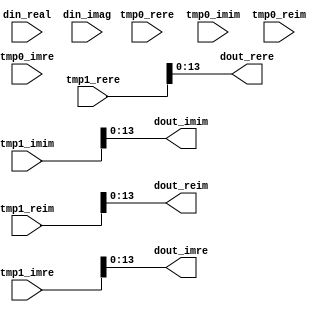
module twiddle64_part2
#(
	parameter DATA_WIDTH = 14,
	parameter TWIDDLE = 0
)(
	input  wire signed [DATA_WIDTH-1:0] din_real,
	input  wire signed [DATA_WIDTH-1:0] din_imag,
	input  wire signed [DATA_WIDTH:0]   tmp0_rere,
	input  wire signed [DATA_WIDTH:0]   tmp0_imim,
	input  wire signed [DATA_WIDTH:0]   tmp0_reim,
	input  wire signed [DATA_WIDTH:0]   tmp0_imre,
	input  wire signed [DATA_WIDTH:0]   tmp1_rere,
	input  wire signed [DATA_WIDTH:0]   tmp1_imim,
	input  wire signed [DATA_WIDTH:0]   tmp1_reim,
	input  wire signed [DATA_WIDTH:0]   tmp1_imre,
	output wire signed [DATA_WIDTH-1:0] dout_rere,
	output wire signed [DATA_WIDTH-1:0] dout_imim,
	output wire signed [DATA_WIDTH-1:0] dout_reim,
	output wire signed [DATA_WIDTH-1:0] dout_imre
);

generate
	case(TWIDDLE)
		0:
		begin: const0
			assign dout_rere = tmp1_rere;
			assign dout_imim = tmp1_imim;
			assign dout_reim = tmp1_reim;
			assign dout_imre = tmp1_imre;
		end
		
		1:
		begin: const1
			assign dout_rere = tmp0_rere + (tmp1_rere >>> 4);
			assign dout_imim = tmp0_imim + (tmp1_imim >>> 2);
			assign dout_imre = tmp0_imre + (tmp1_imre >>> 4);
			assign dout_reim = tmp0_reim + (tmp1_reim >>> 2);
		end
		
		2:
		begin: const2
			assign dout_rere = din_real - (tmp1_rere >>> 6);
			assign dout_imim = tmp0_imim + (tmp1_imim >>> 1);
			assign dout_imre = din_imag - (tmp1_imre >>> 6);
			assign dout_reim = tmp0_reim + (tmp1_reim >>> 1);
		end
		
		3:
		begin: const3
			assign dout_rere = tmp1_rere - (din_real >>> 6);
			assign dout_imim = (din_imag >>> 2) + (tmp1_imim >>> 5);
			assign dout_imre = tmp1_imre - (din_imag >>> 6);
			assign dout_reim = (din_real >>> 2) + (tmp1_reim >>> 5);
		end
		
		4:
		begin: const4
			assign dout_rere = din_real - (tmp1_rere >>> 4);
			assign dout_imim = (din_imag >>> 7) + (tmp1_imim >>> 2);
			assign dout_imre = din_imag - (tmp1_imre >>> 4);
			assign dout_reim = (din_real >>> 7) + (tmp1_reim >>> 2);
		end
		
		5:
		begin: const5
			wire signed [DATA_WIDTH:0] tmp2_imim;
			wire signed [DATA_WIDTH:0] tmp2_reim;
			
			assign dout_rere = tmp1_rere + (din_real >>> 14);
			
			assign tmp2_imim = (tmp1_imim >>> 6) - tmp0_imim;
			assign dout_imim = (tmp2_imim >>> 2) + tmp0_imim;
			
			assign dout_imre = tmp1_imre + (din_imag >>> 14);
			
			assign tmp2_reim = (tmp1_reim >>> 6) - tmp0_reim;
			assign dout_reim = (tmp2_reim >>> 2) + tmp0_reim;
		end
		
		6:
		begin: const6
			wire signed [DATA_WIDTH:0] tmp2_rere;
			wire signed [DATA_WIDTH:0] tmp2_imre;
			
			assign tmp2_rere = tmp0_rere + (tmp1_rere >>> 4);
			assign dout_rere = (din_real >>> 1) + (tmp2_rere >>> 2);
			
			assign dout_imim = (din_imag >>> 1) + (tmp1_imim >>> 3);
			
			assign tmp2_imre = tmp0_imre + (tmp1_imre >>> 4);
			assign dout_imre = (din_imag >>> 1) + (tmp2_imre >>> 2);
			
			assign dout_reim = (din_real >>> 1) + (tmp1_reim >>> 3);
		end
		
		7:
		begin: const7
			wire signed [DATA_WIDTH:0] tmp2_imim;
			wire signed [DATA_WIDTH:0] tmp2_reim;
			
			assign dout_rere = din_real - (tmp1_rere >>> 2);
			
			assign tmp2_imim = tmp1_imim + (tmp1_imim >>> 3);
			assign dout_imim = tmp2_imim - (din_imag >>> 1);
			
			assign dout_imre = din_imag - (tmp1_imre >>> 2);
			
			assign tmp2_reim = tmp1_reim + (tmp1_reim >>> 3);
			assign dout_reim = tmp2_reim - (din_real >>> 1);
		end
		
		8:
		begin: const8
			wire signed [DATA_WIDTH:0] tmp2_rere;
			wire signed [DATA_WIDTH:0] tmp2_imim;
			wire signed [DATA_WIDTH:0] tmp2_imre;
			wire signed [DATA_WIDTH:0] tmp2_reim;

			assign tmp2_rere = (din_real >>> 4) + (din_real >>> 2);
			assign dout_rere = tmp1_rere - tmp2_rere;

			assign tmp2_imim = (din_imag >>> 4) + (din_imag >>> 2);
			assign dout_imim = tmp1_imim - tmp2_imim;

			assign tmp2_imre = (din_imag >>> 4) + (din_imag >>> 2);
			assign dout_imre = tmp1_imre - tmp2_imre;

			assign tmp2_reim = (din_real >>> 4) + (din_real >>> 2);
			assign dout_reim = tmp1_reim - tmp2_reim;
		end
	endcase
endgenerate

endmodule